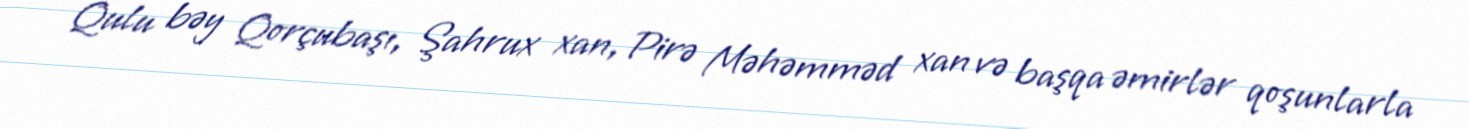
Qulu bəy Qorçubaşı, Şahrux xan, Pirə Məhəmməd xan və başqa əmirlər qoşunlarla